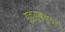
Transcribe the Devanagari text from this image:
यूट्यूबच्या